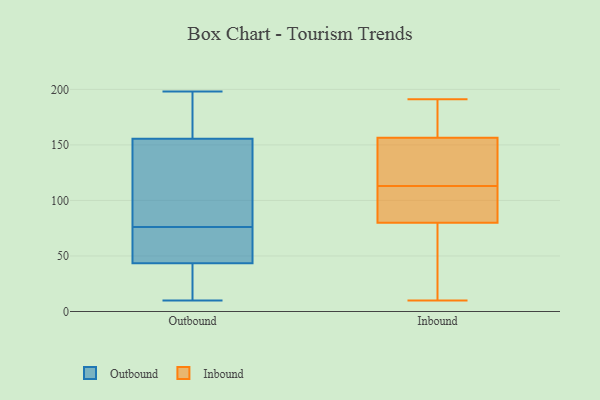
{"axis": {"x": "Inventory Turnover", "y": "Value"}, "legend": ["Inbound", "Outbound"], "data": [{"x": "", "y": 149, "type": "Outbound"}, {"x": "", "y": 48, "type": "Outbound"}, {"x": "", "y": 10, "type": "Outbound"}, {"x": "", "y": 88, "type": "Outbound"}, {"x": "", "y": 198, "type": "Outbound"}, {"x": "", "y": 40, "type": "Outbound"}, {"x": "", "y": 178, "type": "Outbound"}, {"x": "", "y": 162, "type": "Outbound"}, {"x": "", "y": 64, "type": "Outbound"}, {"x": "", "y": 113, "type": "Outbound"}, {"x": "", "y": 26, "type": "Outbound"}, {"x": "", "y": 47, "type": "Outbound"}, {"x": "", "y": 136, "type": "Inbound"}, {"x": "", "y": 187, "type": "Inbound"}, {"x": "", "y": 112, "type": "Inbound"}, {"x": "", "y": 140, "type": "Inbound"}, {"x": "", "y": 10, "type": "Inbound"}, {"x": "", "y": 148, "type": "Inbound"}, {"x": "", "y": 102, "type": "Inbound"}, {"x": "", "y": 71, "type": "Inbound"}, {"x": "", "y": 48, "type": "Inbound"}, {"x": "", "y": 89, "type": "Inbound"}, {"x": "", "y": 92, "type": "Inbound"}, {"x": "", "y": 23, "type": "Inbound"}, {"x": "", "y": 44, "type": "Inbound"}, {"x": "", "y": 121, "type": "Inbound"}, {"x": "", "y": 167, "type": "Inbound"}, {"x": "", "y": 165, "type": "Inbound"}, {"x": "", "y": 114, "type": "Inbound"}, {"x": "", "y": 104, "type": "Inbound"}, {"x": "", "y": 191, "type": "Inbound"}, {"x": "", "y": 190, "type": "Inbound"}]}